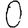
Digit: 0